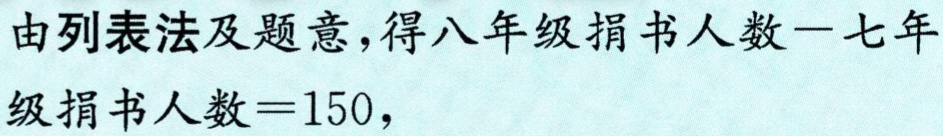
由列表法及题意，得八年级捐书人数$-$七年级捐书人数$=150$，